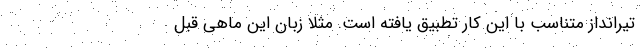
تیرانداز متناسب با این کار تطبیق یافته است. مثلا زبان این ماهی قبل